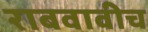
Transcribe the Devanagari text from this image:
राबवावीच